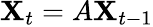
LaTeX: \mathbf{X}_{t}=A\mathbf{X}_{t-1}